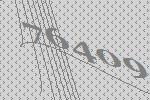
76409